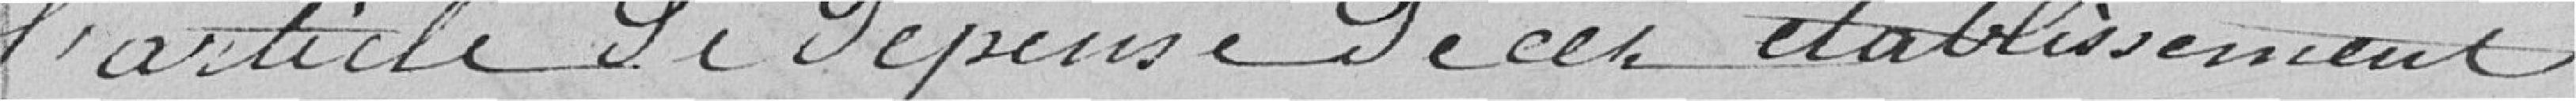
l'article de dépense de cet établissement